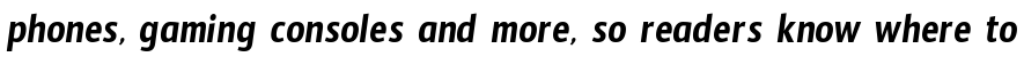
phones, gaming consoles and more, so readers know where to